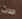
حدث